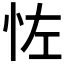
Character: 𪫦